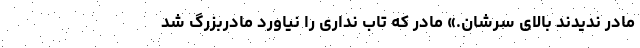
مادر ندیدند بالای سرشان.» مادر که تاب نداری را نیاورد مادربزرگ شد